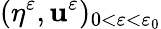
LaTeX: (\eta^{\varepsilon},\mathbf{u}^{\varepsilon})_{0<\varepsilon<\varepsilon_{0}}